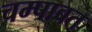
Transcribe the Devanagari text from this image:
चम्पाबत